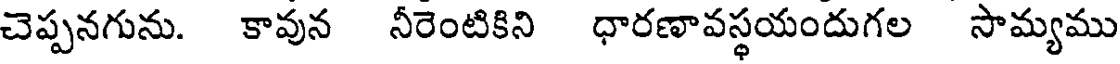
చెప్పనగును. కావున నీరెంటికిని ధారణావస్థయందుగల సామ్యము